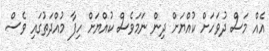
އެއް މަސް ދުވަހަށް ކުއްޔަށް ދިން ނަމަވެސް ކުއްޔަށް ހިފާ މުއްދަތުގައި ވެސް